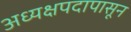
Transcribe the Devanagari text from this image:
अध्यक्षपदापासून